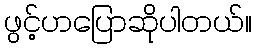
ဖွင့်ဟပြောဆိုပါတယ်။